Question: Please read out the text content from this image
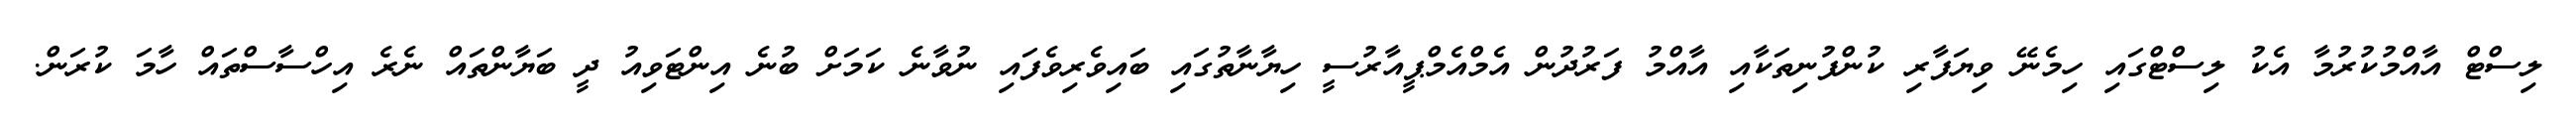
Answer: ލިސްޓް އާއްމުކުރުމާ އެކު ލިސްޓްގައި ހިމެނޭ ވިޔަފާރި ކުންފުނިތަކާއި އާއްމު ފަރުދުން އެމްއެމްޕީއާރުސީ ހިޔާނާތުގައި ބައިވެރިވެފައި ނުވާނެ ކަމަށް ބުނެ އިންޓަވިއު ދީ ބަޔާންތައް ނެރެ އިހްސާސްތައް ހާމަ ކުރަން.